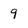
Character: 9